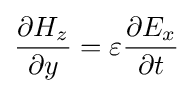
{\frac {\partial {H_{z}}}{\partial {y}}}=\varepsilon {\frac {\partial {E_{x}}}{\partial {t}}}